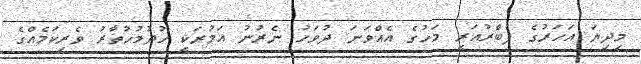
މިދިޔަ އަހަރުގެ ފެބްރުއަރީ މަހުގެ އެއްވަނަ ދުވަހު ނެރުނު އަމުރަކީ ހުދުމުހުތާރު ވެރިކަމެއްގެ